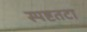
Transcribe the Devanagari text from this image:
स्पष्टतटा